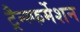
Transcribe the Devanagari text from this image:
ट्रैन्स्फर्मेशन